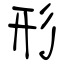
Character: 形